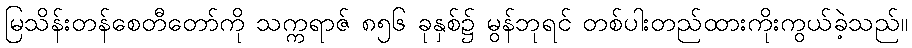
မြသိန်းတန်စေတီတော်ကို သက္ကရာဇ် ၈၅၆ ခုနှစ်၌ မွန်ဘုရင် တစ်ပါးတည်ထားကိုးကွယ်ခဲ့သည်။